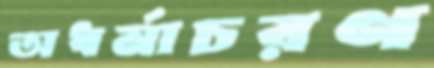
অধর্মাচরণ